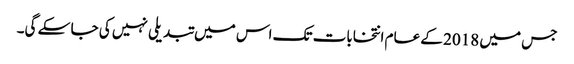
جس میں 2018 کے عام انتخابات تک اس میں تبدیلی نہیں کی جا سکے گی۔